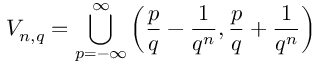
V _ { n , q } = \bigcup _ { p = - \infty } ^ { \infty } \left( { \frac { p } { q } } - { \frac { 1 } { q ^ { n } } } , { \frac { p } { q } } + { \frac { 1 } { q ^ { n } } } \right)